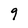
Character: 9